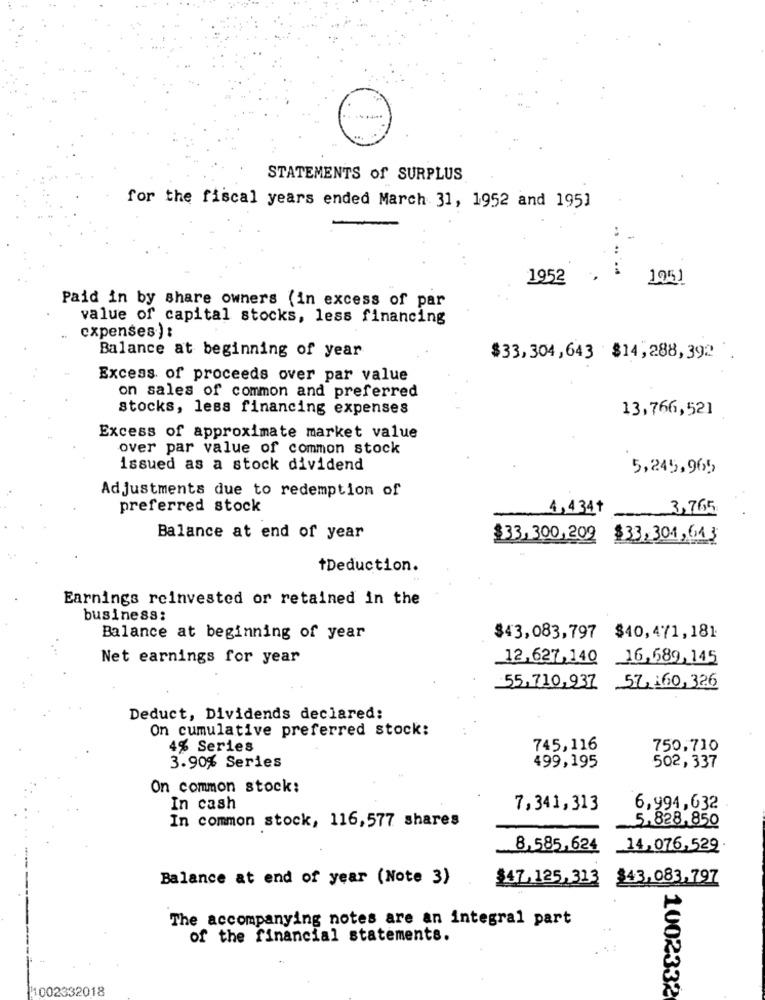
STATEMENTS of SURPLUS
for the fiscal years ended March 31, 1952 and 195]
1952
1951
Paid in by share owners (in excess of par
value of capital stocks, less financing
cxpenses) :
Balance at beginning of year
$33,304,643 $14,288,392 .
Excess of proceeds over par value
on sales of common and preferred
stocks, less financing expenses
13,766,521
Excess of approximate market value
over par value of common stock
issued as a stock dividend
5,245,965
Adjustments due to redemption of
preferred stock
4,434+
3,765
Balance at end of year
$33,300,209
$33,301,613
tDeduction.
Earnings reinvested or retained in the
business:
Balance at beginning of year
$43,083,797 $40,471,181
Net earnings for year
12,627,140 16,589,145
55,710,937 57,160,326
Deduct, Dividends declared:
On cumulative preferred stock:
4% Series
745,116
750,710
3.90% Series
499,195
502,337
On common stock:
In cash
7,341,313
6,994,632
In common stock, 116,577 shares
5.828,850
8,585,624
14,076,529
Balance at end of year (Note 3)
$47,125,313
$43,083,797
The accompanying notes are an integral part
of the financial statements.
1002332018
1002332